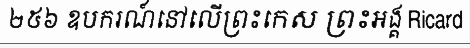
២៥៦ ឧបករណ៍នៅលើព្រះកេស ព្រះអង្គ Ricard